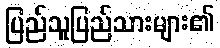
ပြည်သူပြည်သားများ၏